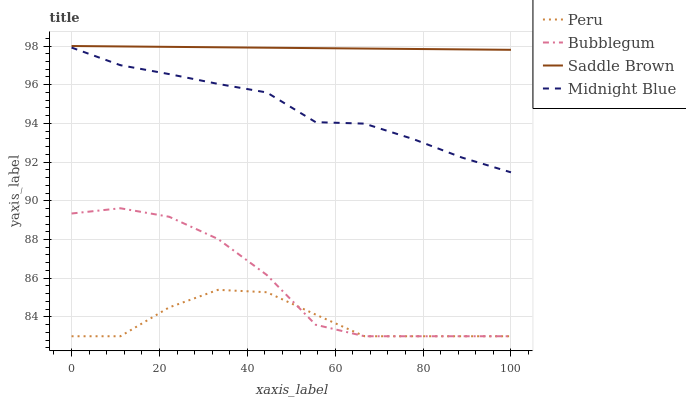
| xaxis_label | Peru | Bubblegum | Saddle Brown | Midnight Blue |
 | --- | --- | --- | --- | --- |
 | 0 | 83 | 89.3 | 98 | 97.9 |
 | 11.1 | 83 | 89.6 | 98 | 97 |
 | 22.2 | 84.5 | 89.2 | 98 | 96.5 |
 | 33.3 | 85.4 | 88 | 97.9 | 96 |
 | 44.4 | 85.3 | 86.2 | 97.9 | 95.6 |
 | 55.6 | 84.1 | 83.6 | 97.9 | 94.1 |
 | 66.7 | 83 | 83 | 97.9 | 94 |
 | 77.8 | 83 | 83 | 97.8 | 93.2 |
 | 88.9 | 83 | 83 | 97.8 | 92.2 |
 | 100 | 83 | 83 | 97.8 | 91.5 |